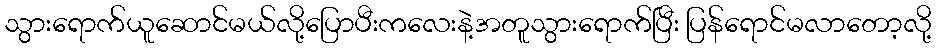
သွားရောက်ယူဆောင်မယ်လို့ပြောပီးကလေးနဲ့အတူသွားရောက်ပြီး ပြန်ရောင်မလာတော့လို့